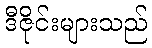
ဒီဇိုင်းများသည်